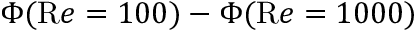
\Phi ( { \mathrm R e } = 1 0 0 ) - \Phi ( { \mathrm R e } = 1 0 0 0 )